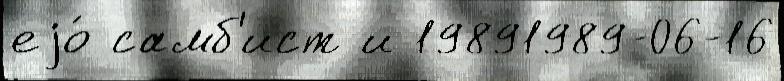
еjо́ самб'ист и 19891989-06-16